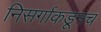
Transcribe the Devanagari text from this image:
निसर्गाकडूनच